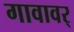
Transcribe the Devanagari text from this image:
गावावर्